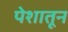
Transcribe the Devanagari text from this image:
पेशातून